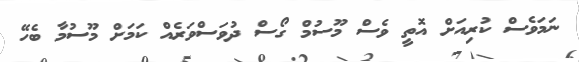
ނަމަވެސް ކުރިއަށް އޮތީ ވެސް މޫސުމް ގޯސް ދުވަސްވަރެއް ކަމަށް މޫސުމާ ބެހޭ